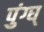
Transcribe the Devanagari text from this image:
पुंग्घ्